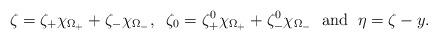
LaTeX: \begin{align*}\zeta=\zeta_+\chi_{\Omega_+}+\zeta_-\chi_{\Omega_-},\;\;\zeta_0=\zeta_+^0\chi_{\Omega_+}+\zeta_-^0\chi_{\Omega_-}\;\mbox{ and }\; \eta=\zeta-y.\end{align*}